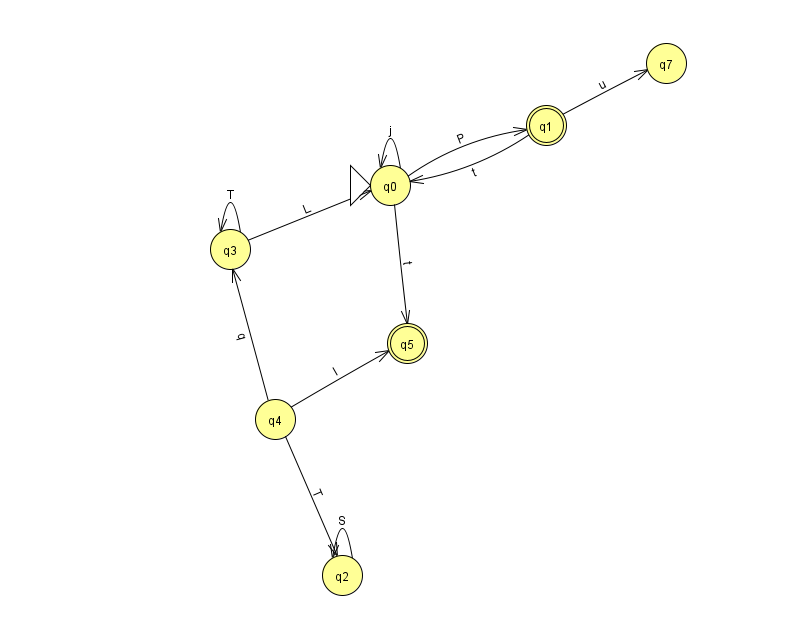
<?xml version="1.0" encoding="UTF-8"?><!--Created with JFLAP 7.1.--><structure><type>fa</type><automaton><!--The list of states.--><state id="0" name="q0"><x>390.0</x><y>172.0</y><initial/></state><state id="1" name="q1"><x>546.0</x><y>112.0</y><final/></state><state id="2" name="q2"><x>342.0</x><y>562.0</y></state><state id="3" name="q3"><x>230.0</x><y>236.0</y></state><state id="4" name="q4"><x>275.0</x><y>406.0</y></state><state id="5" name="q5"><x>407.0</x><y>330.0</y><final/></state><state id="7" name="q7"><x>666.0</x><y>50.0</y></state><!--The list of transitions.--><transition><from>1</from><to>7</to><read>u</read></transition><transition><from>0</from><to>1</to><read>P</read></transition><transition><from>2</from><to>2</to><read>S</read></transition><transition><from>3</from><to>3</to><read>T</read></transition><transition><from>4</from><to>5</to><read>l</read></transition><transition><from>1</from><to>0</to><read>t</read></transition><transition><from>3</from><to>0</to><read>L</read></transition><transition><from>0</from><to>0</to><read>j</read></transition><transition><from>0</from><to>5</to><read>t</read></transition><transition><from>4</from><to>2</to><read>T</read></transition><transition><from>4</from><to>3</to><read>q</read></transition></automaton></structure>